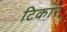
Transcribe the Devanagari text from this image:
टिकार